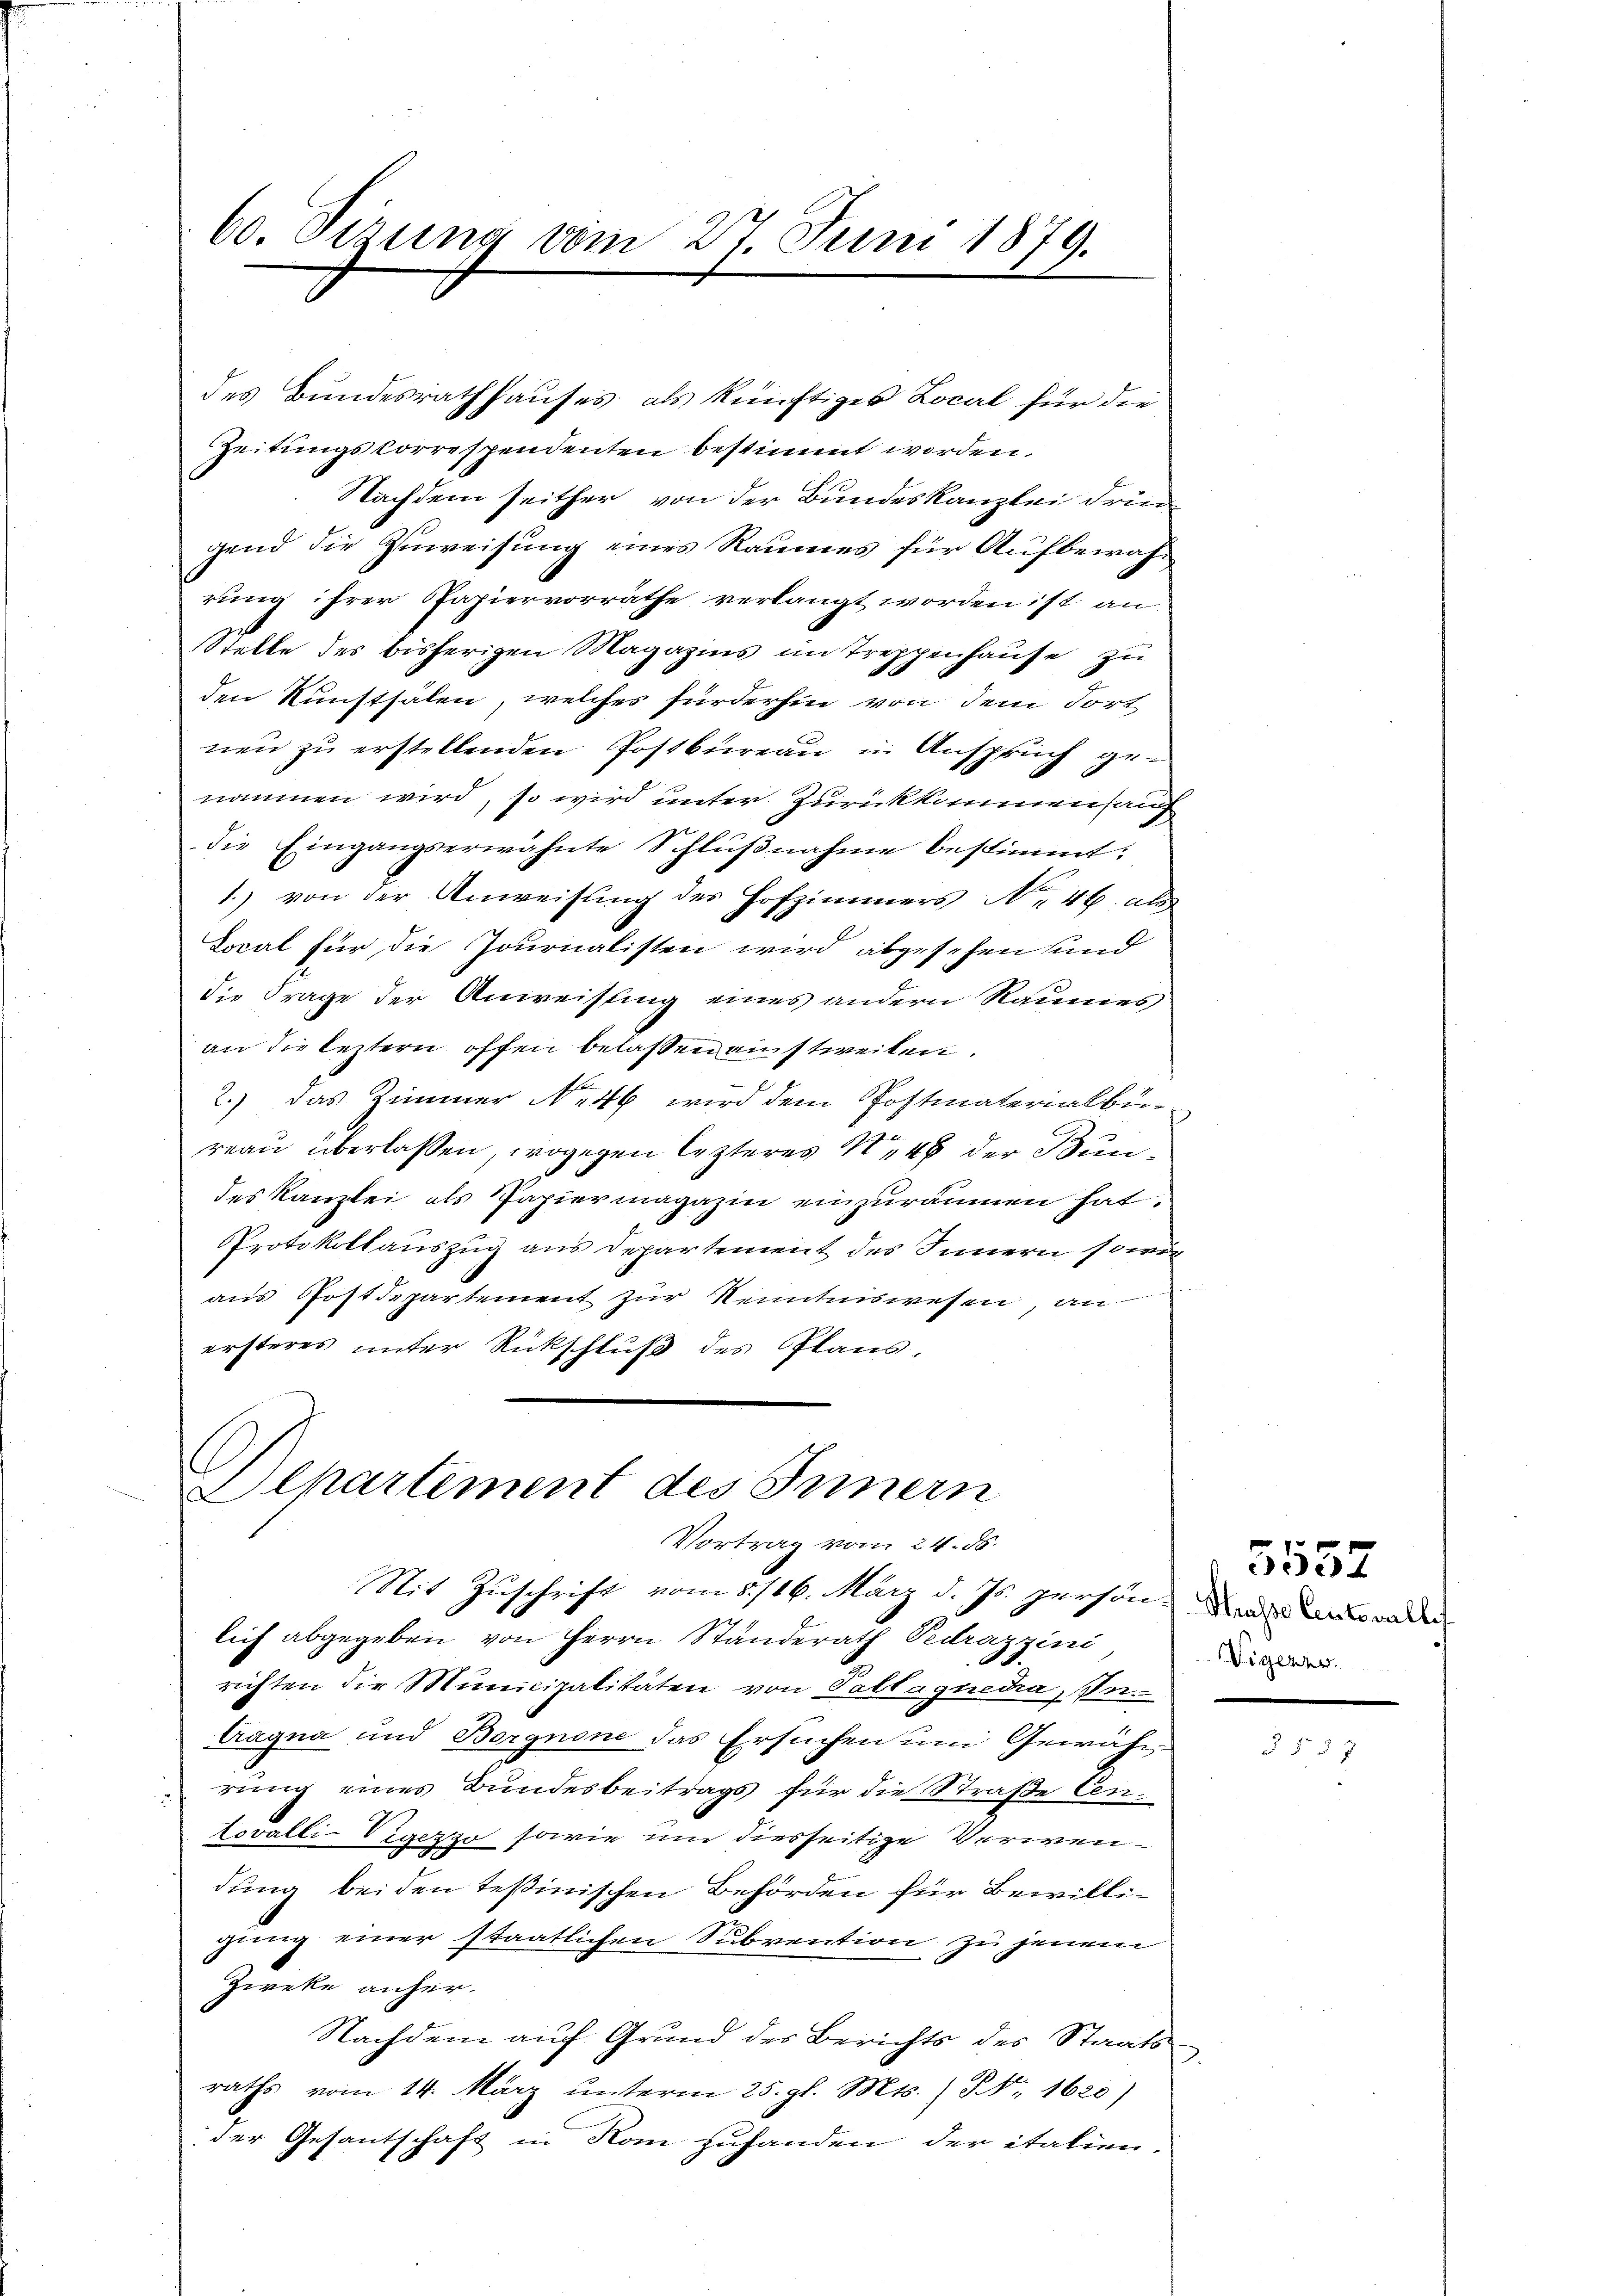
60. Sizung vom 27. Juni 1879.

des Bundesrathhauses, als künftiges Local für die
Zeitungskorrespendenten bestimmt worden.
Nachdem seither, von der Bundeskanzlei dringend die Zuweisung eines Raumes für Aufbewahrung ihrer Papiervorräthe verlangt worden ist an
Stelle des bisherigen Magazins im Treppenhause zu
den Kunstsälen, welches fürderhin von dem Tort
nen zu erstellenden Postbureau in Anspruch genommen wird, so wird unter Zurückkommensauf
die Eingangserwähnte Schlußnahme bestimmt:
1.) von der Anweisung des Hofzimmers No 46 als
Local für die Journalisten wird abgesehen sind
die Frage der Anweisung eines andern Raumes
an die leztern offen belassen anstweilen.
2.) Das Zimmer No 46 wird dem Postmaterialbüreau überlassen, wogegen lezteres N. 48 der Bundes Kanzlei als Papiermagazin einzuräumen hat.
Protokollauszug aus Departement des Innern sowie
aus Postdepartement zur Kenntniswesen, an
ersteres unter Rückschluß des Plans,

lich abgegeben von Herrn Standerath Pedrazzini
richten die Municipalitäten von Pallagnedia, In-
tragna und Borgnone das Ersuchen um Gewähr
rung eines Bundesbeitrags für die Straße Cen¬
Lovalli-Vigezzo sowie um diesseitige Verwendung beiden Teßinischen Behörden für Bewilligung einer staatlichen Subvention zu jenem
Zweke anher
Nachdem auf Grund des Berichts des Staatsraths vom 14. März unterm 25. gl. Mts. ) NNo. 1620)
der Gesantschaft in Rom zuhanden der italien.

Departement des Innern
Vortrag vom 24. 85.
Mit Zuschrift vom 8./16. März d. Js. person der Ansonder

Vigenze.

5557